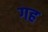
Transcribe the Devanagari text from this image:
गह